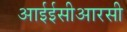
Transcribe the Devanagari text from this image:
आईईसीआरसी